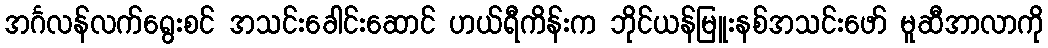
အင်္ဂလန်လက်ရွေးစင် အသင်းခေါင်းဆောင် ဟယ်ရီကိန်းက ဘိုင်ယန်မြူးနစ်အသင်းဖော် မူဆီအာလာကို